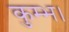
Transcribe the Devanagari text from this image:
कुम्भ।